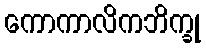
ကောကာလိကဘိက္ခု